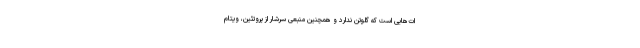
ات‌هایی است که گلوتن ندارد و همچنین منبعی سرشار از پروتئین، ویتام